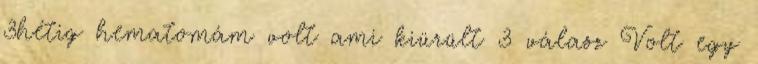
3hétig hematomám volt ami kiürült 3 válasz Volt egy